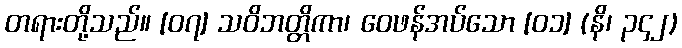
တရားတို့သည်။ [၀၇] သဝိဘတ္တိကာ၊ ဝေဖန်အပ်သော [၀၁] (နိ၊ ၃၄၂)